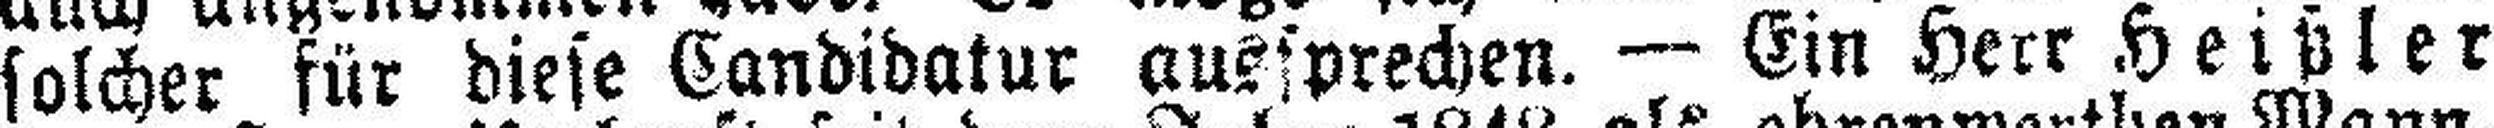
solcher für diese Candidatur aussprechen. — Ein Herr Heißler